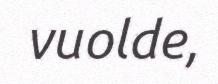
vuolde,